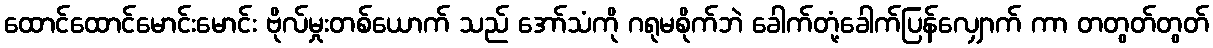
ထောင်ထောင်မောင်းမောင်း ဗိုလ်မှုးတစ်ယောက် သည် အော်သံကို ဂရုမစိုက်ဘဲ ခေါက်တုံ့ခေါက်ပြန်လျှောက် ကာ တတွတ်တွတ်